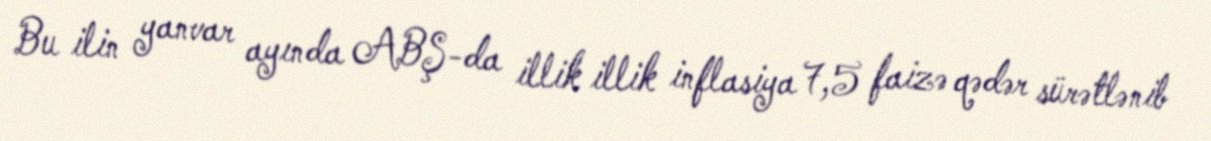
Bu ilin yanvar ayında ABŞ-da illik illik inflasiya 7,5 faizə qədər sürətlənib